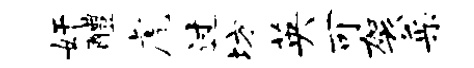
奸醴虎过坊英可袈采